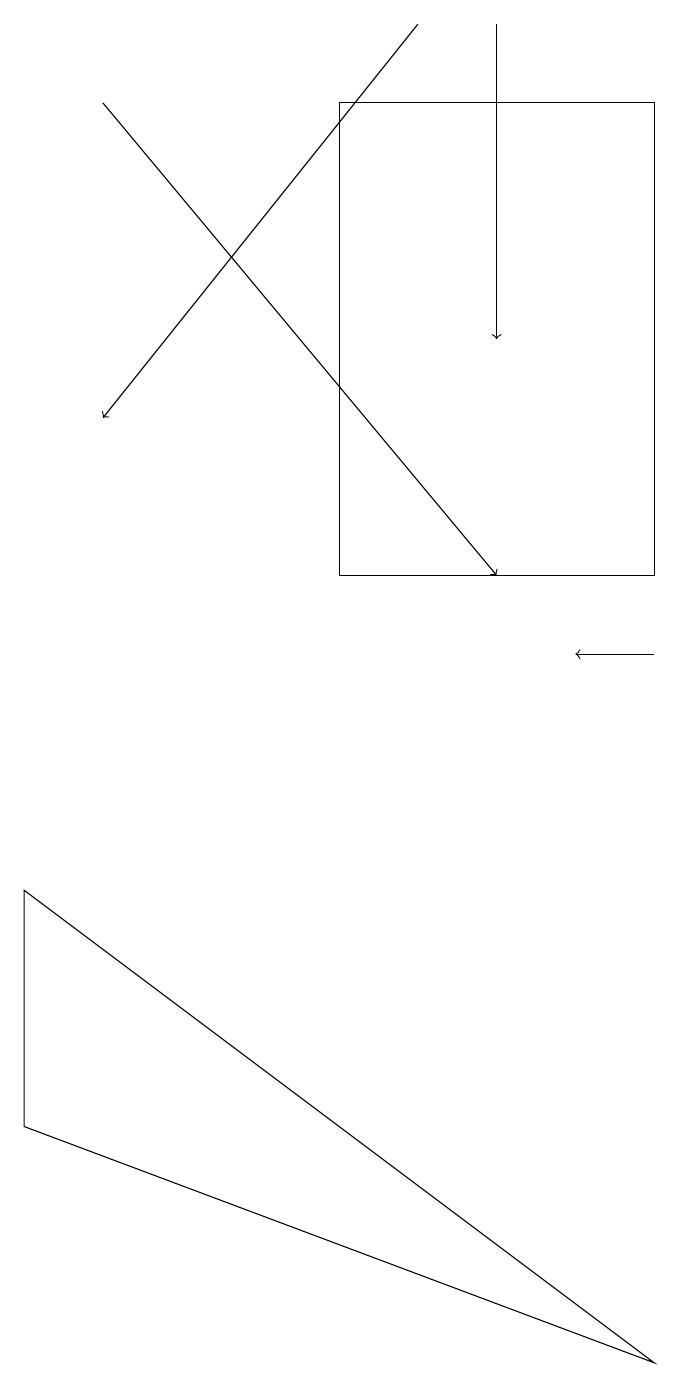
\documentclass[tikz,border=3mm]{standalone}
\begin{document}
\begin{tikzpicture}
\draw[->] (8,11) -- (7,11);
\draw[->] (6,19) -- (6,15);
\draw[->] (1,18) -- (6,12);
\draw[->] (5,19) -- (1,14);
\draw (8,12) rectangle (4,18);
\draw (0,5) -- (8,2) -- (0,8) -- cycle;
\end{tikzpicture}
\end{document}